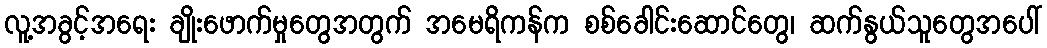
လူ့အခွင့်အရေး ချိုးဖောက်မှုတွေအတွက် အမေရိကန်က စစ်ခေါင်းဆောင်တွေ၊ ဆက်နွယ်သူတွေအပေါ်